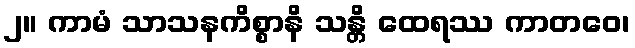
၂။ ကာမံ သာသနကိစ္စာနိ သန္တိ ထေရဿ ကာတဝေ၊